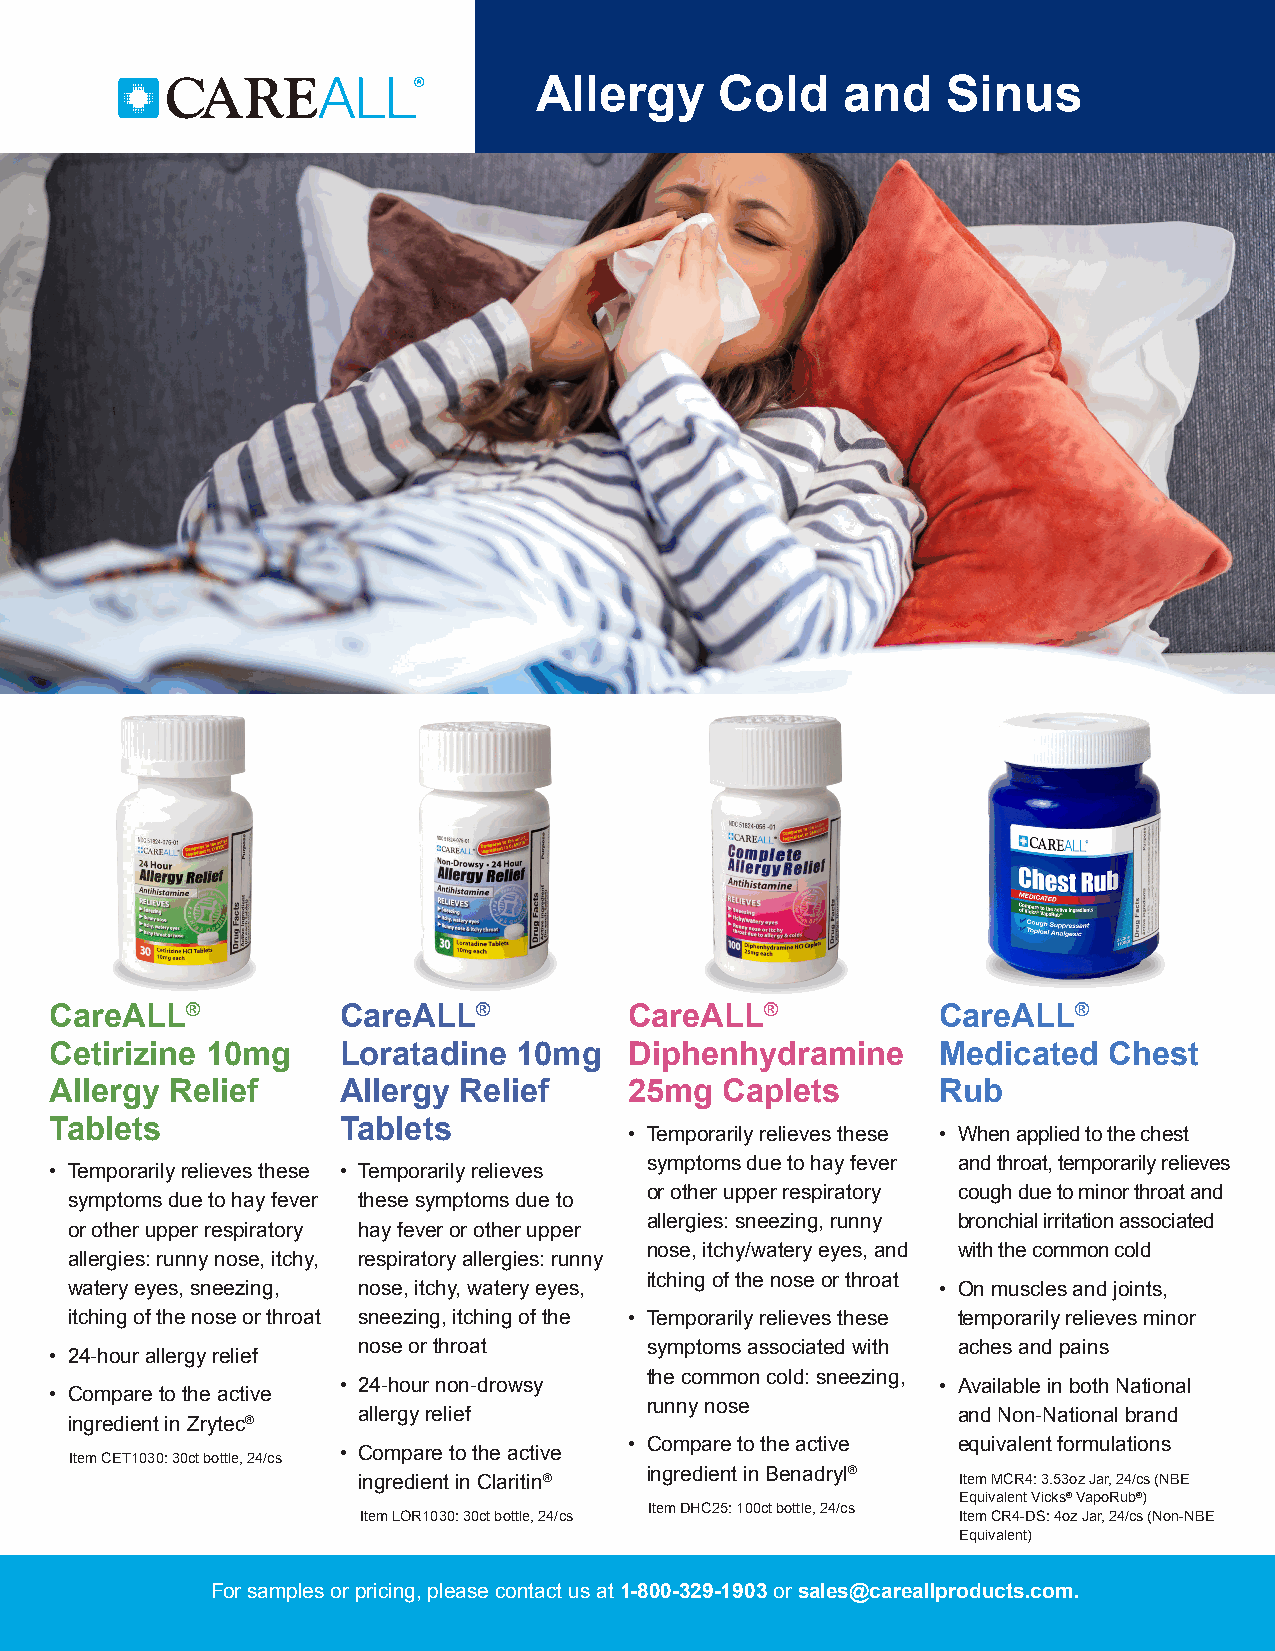
Allergy      Cold    and    Sinus
 CareALL®           CareALL®            CareALL®            CareALL®
 Cetirizine 10mg    Loratadine  10mg    Diphenhydramine     Medicated  Chest
 Allergy Relief     Allergy Relief      25mg  Caplets       Rub
 Tablets            Tablets
 • Temporarily relieves these • When applied to the chest
 symptoms due to hay fever and throat, temporarily relieves
 • Temporarily relieves these • Temporarily relieves
 or other upper respiratory cough due to minor throat and
 symptoms due to hay fever these symptoms due to
 allergies: sneezing, runny bronchial irritation associated
 or other upper respiratory hay fever or other upper
 nose, itchy/watery eyes, and with the common cold
 allergies: runny nose, itchy, respiratory allergies: runny
 itching of the nose or throat
 watery eyes, sneezing, nose, itchy, watery eyes,         • On muscles and joints,
 itching of the nose or throat sneezing, itching of the • Temporarily relieves these temporarily relieves minor
 nose or throat     symptoms associated with aches and pains
 • 24-hour allergy relief
 the common cold: sneezing,
 • 24-hour non-drowsy                    • Available in both National
 • Compare to the active
 runny nose
 allergy relief                         and Non-National brand
 ingredient in Zrytec®
 • Compare to the active equivalent formulations
 • Compare to the active
 Item CET1030: 30ct bottle, 24/cs
 ingredient in Benadryl®
 ingredient in Claritin®                 Item MCR4: 3.53oz Jar, 24/cs (NBE
 Equivalent Vicks® VapoRub®)
 Item DHC25: 100ct bottle, 24/cs
 Item LOR1030: 30ct bottle, 24/cs        Item CR4-DS: 4oz Jar, 24/cs (Non-NBE
 Equivalent)
 For samples or pricing, please contact us at 1-800-329-1903 or sales@careallproducts.com.